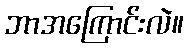
ဘာအကြောင်းလဲ။